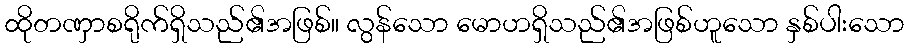
ထိုတဏှာစရိုက်ရှိသည်၏အဖြစ်။ လွန်သော မောဟရှိသည်၏အဖြစ်ဟူသော နှစ်ပါးသော